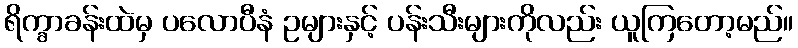
ရိက္ခာခန်းထဲမှ ပလောပီနံ ဥများနှင့် ပန်းသီးများကိုလည်း ယူကြတော့မည်။